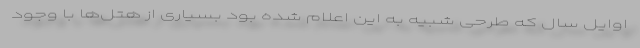
اوایل سال که طرحی شبیه به این اعلام شده بود بسیاری از هتل‌ها با وجود